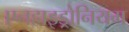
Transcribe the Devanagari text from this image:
एनहाइड्रोनियम